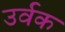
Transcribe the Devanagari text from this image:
उर्वक